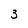
Character: 3